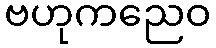
ဗဟုကညေဝ